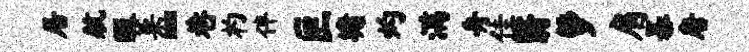
居航暇菜~巷杓伴叵墉灼满舟佳翳萝肩暴唐